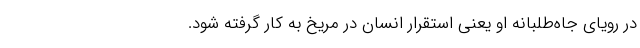
در رویای جاه‌طلبانه او یعنی استقرار انسان در مریخ به کار گرفته شود.